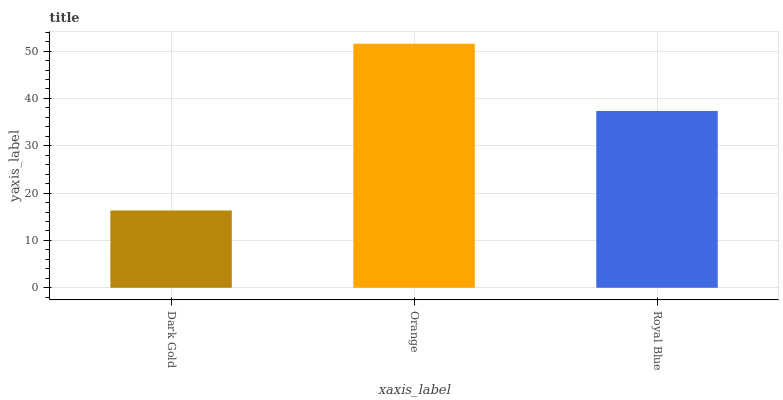
| xaxis_label | bars |
 | --- | --- |
 | Dark Gold | 16.3 |
 | Orange | 51.6 |
 | Royal Blue | 37.4 |